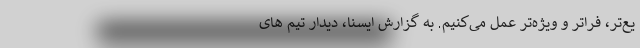
یع‌تر، فراتر و ویژه‌تر عمل می‌کنیم. به گزارش ایسنا، دیدار تیم های